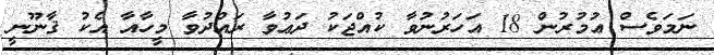
ނަމަވެސް ޢުމުރުން 18 އަހަރުނުވާ ކުއްޖަކު ދަޢުވާ ރައްދުވާ މީހާއާ އެކު ޤާނޫނީ